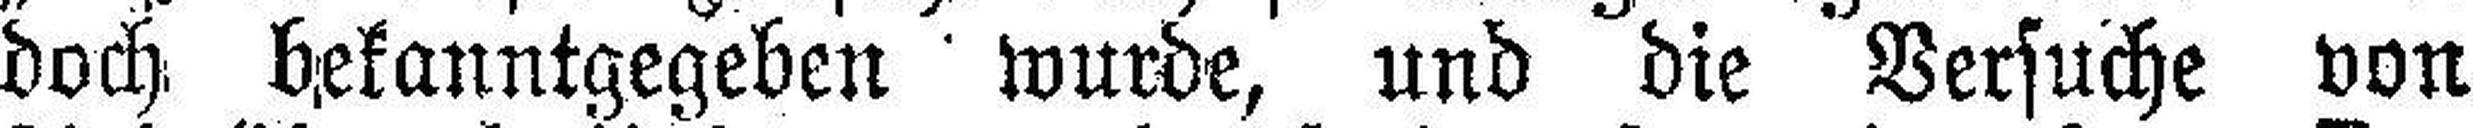
doch bekanntgegeben wurde, und die Versuche von